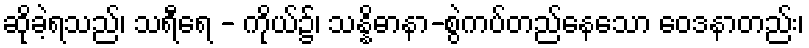
ဆိုခဲ့ရသည်၊ သရီရေ - ကိုယ်၌၊ သန္နိဓာနာ-စွဲကပ်တည်နေသော ဝေဒနာတည်း၊